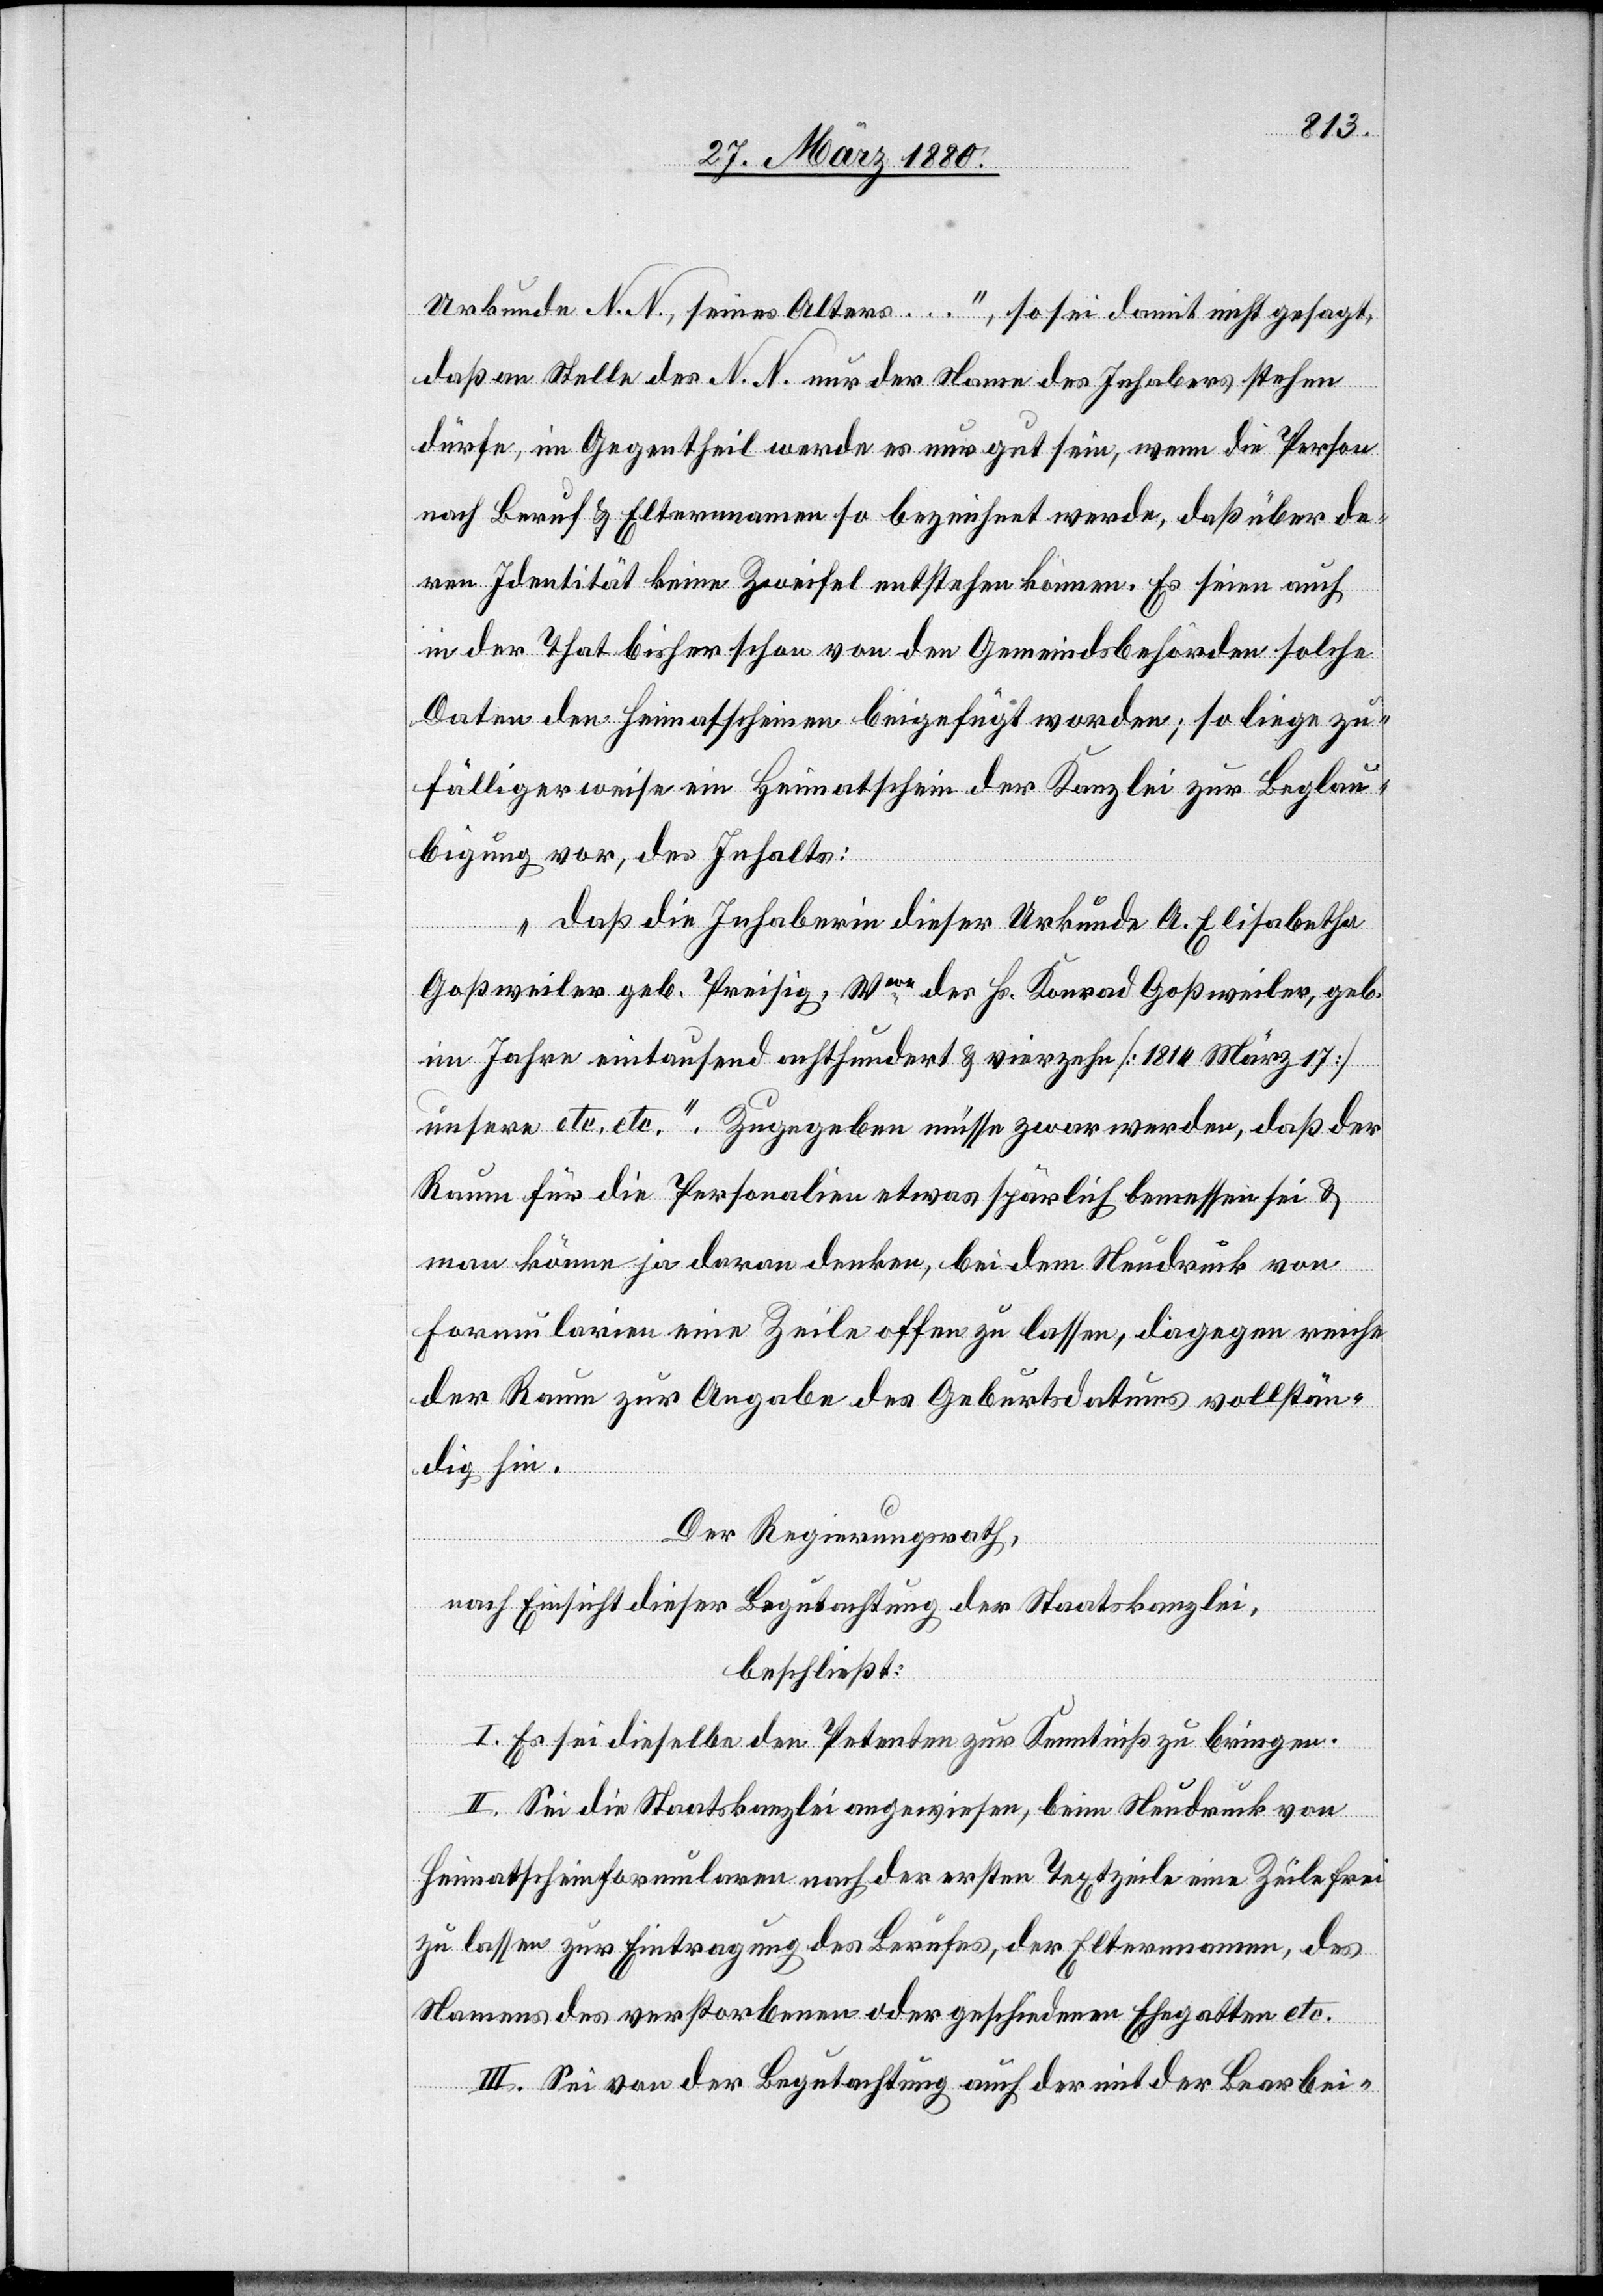
Urkunde N. N., seines Alters…“, so sei damit nicht gesagt,
daß an Stelle des N. N. nur der Name des Inhabers stehen
dürfe, im Gegentheil werde es nur gut sein, wenn die Person
nach Beruf & Elternnamen so bezeichnet werde, daß über de¬
ren Identität keine Zweifel entstehen können. Es seien auch
in der That bisher schon von den Gemeindsbehörden solche
Daten den Heimatscheinen beigefügt worden; so liege zu¬
fälligerweise ein Heimatschein der Kanzlei zur Beglau¬
bigung vor, des Inhalts:
„daß die Inhaberin dieser Urkunde A. Elisabetha
Goßweiler geb. Preisig, Wwe des Hs. Konrad Goßweiler, geb.
im Jahre eintausend achthundert & vierzehn [1814 März 17]
unsere etc. etc.“ Zugegeben müsse zwar werden, daß der
Raum für die Personalien etwas spärlich sei & m¬
an könne ja daran denken, bei dem Neudruck von
Formularien eine Zeile offen zu lassen, dagegen reiche
der Raum zur Angabe des Geburtsdatums vollstän¬
dig hin.
Der Regierungsrath,
nach Einsicht dieser Begutachtung der Staatskanzlei,
beschließt:
I. Es sei dieselbe den Petenten zur Kenntniß zu bringen.
II. Sei die Staatskanzlei angewiesen, beim Neudruck von
Heimatscheinformularien nach der ersten Textzeile eine Zeile frei
zu lassen zur Eintragung des Berufes, der Elternnamen, des
Namens des verstorbenen oder geschiedenen Ehegatten etc.
III. Sei von der Begutachtung auch der mit der Bearbei-